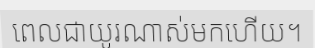
ពេលជាយូរណាស់មកហើយ។